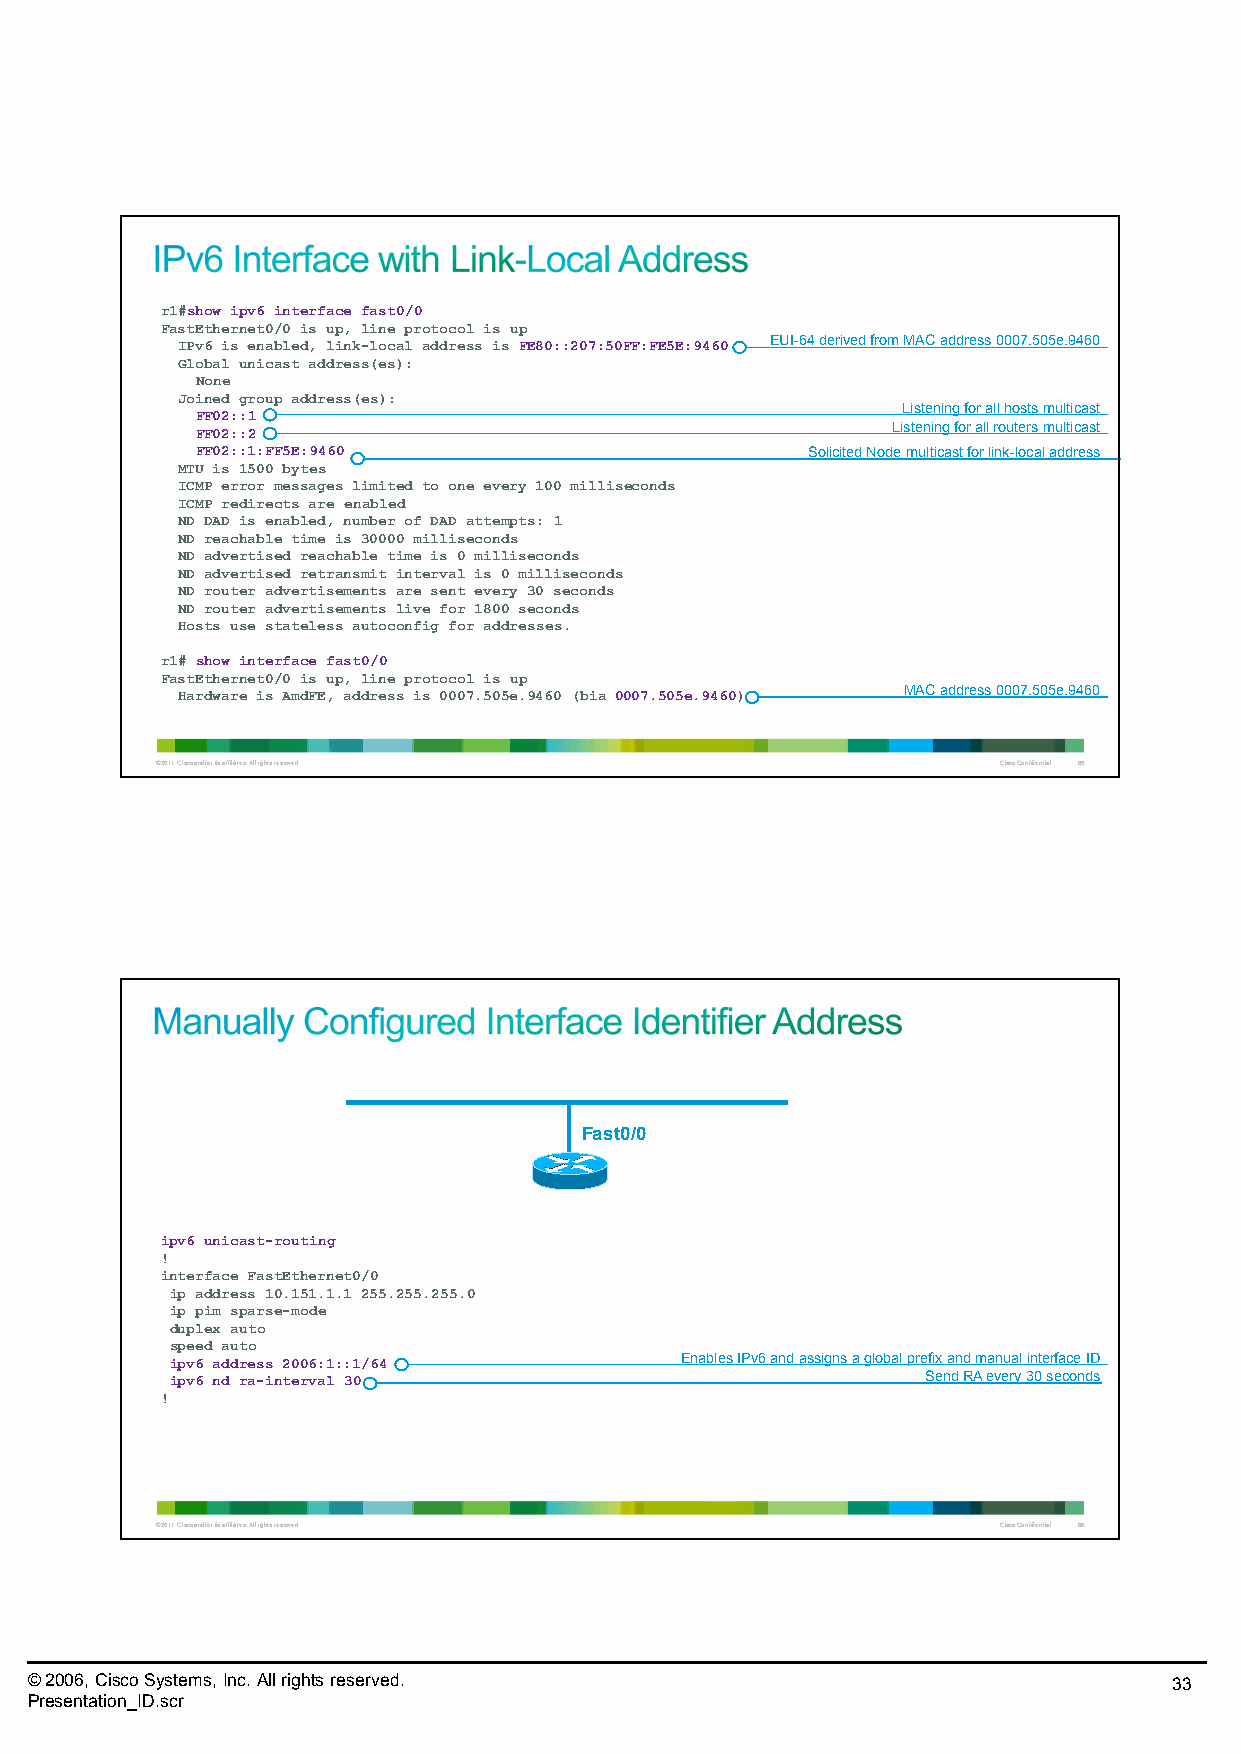
r1#show ipv6 interface fast0/0
 FastEthernet0/0 is up, line protocol is up
 IPv6 is enabled, link-local address is FE80::207:50FF:FE5E:9460 EUI-64 derived from MAC address 0007.505e.9460
 Global unicast address(es):
 None
 Joined group address(es):
 Listening for all hosts multicast
 FF02::1
 FF02::2                                       Listening for all routers multicast
 FF02::1:FF5E:9460                       Solicited Node multicast for link-local address
 MTU is 1500 bytes
 ICMP error messages limited to one every 100 milliseconds
 ICMP redirects are enabled
 ND DAD is enabled, number of DAD attempts: 1
 ND reachable time is 30000 milliseconds
 ND advertised reachable time is 0 milliseconds
 ND advertised retransmit interval is 0 milliseconds
 ND router advertisements are sent every 30 seconds
 ND router advertisements live for 1800 seconds
 Hosts use stateless autoconfig for addresses.
 r1# show interface fast0/0
 FastEthernet0/0 is up, line protocol is up
 Hardware is AmdFE, address is 0007.505e.9460 (bia 0007.505e.9460) MAC address 0007.505e.9460
 © 2011 Cisco and/or its affiliates. All rights reserved. Cisco Confidential 65
 Fast0/0
 ipv6 unicast-routing
 !
 interface FastEthernet0/0
 ip address 10.151.1.1 255.255.255.0
 ip pim sparse-mode
 duplex auto
 speed auto
 ipv6 address 2006:1::1/64         Enables IPv6 and assigns a global prefix and manual interface ID
 ipv6 nd ra-interval 30                            Send RA every 30 seconds
 !
 © 2011 Cisco and/or its affiliates. All rights reserved. Cisco Confidential 66
 © 2006, Cisco Systems, Inc. All rights reserved.                            33
 Presentation_ID.scr